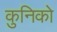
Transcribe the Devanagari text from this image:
कुनिको